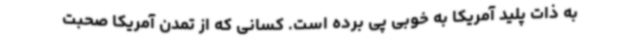
به ذات پلید آمریکا به خوبی پی برده است. کسانی که از تمدن آمریکا صحبت